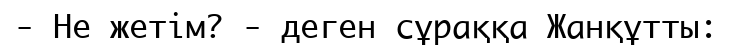
- Не жетім? - деген сұраққа Жанқұтты: